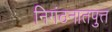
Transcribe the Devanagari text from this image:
निगंठनातपुत्त